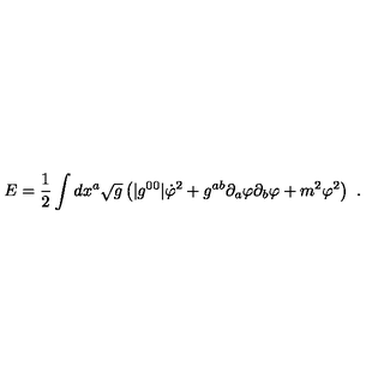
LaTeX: E = { \frac { 1 } { 2 } } \int d x ^ { a } \sqrt { g } \left( | g ^ { 0 0 } | \dot { \varphi } ^ { 2 } + g ^ { a b } \partial _ { a } \varphi \partial _ { b } \varphi + m ^ { 2 } \varphi ^ { 2 } \right) \ .